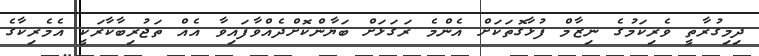
ދިމިގުރާތީ ވެރިކަމުގެ ނިޒާމް ފުޅާގޮތަކަށް އެންމެ ރަގަޅަށް ބަޔާންކޮށްދެއްވާފައިވާ އެއް ތަޖުރިބާކާރަކީ އެމެރިކާގެ